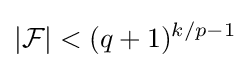
|{\mathcal {F}}|<(q+1)^{k/p-1}